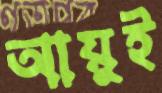
আয়ুই